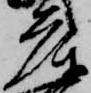
庫